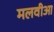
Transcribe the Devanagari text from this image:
मलवीआ